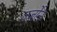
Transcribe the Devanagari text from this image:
वर्जोन